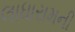
લાધારામની